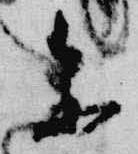
参